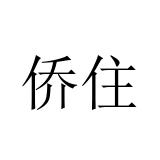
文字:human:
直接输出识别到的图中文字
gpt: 侨住